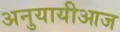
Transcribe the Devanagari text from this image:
अनुयायीआज